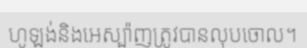
ហូឡង់និងអេស្ប៉ាញត្រូវបានលុបចោល។